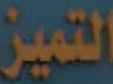
التميز